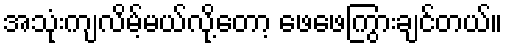
အသုံးကျလိမ့်မယ်လို့တော့ ဖေဖေကြွားချင်တယ်။